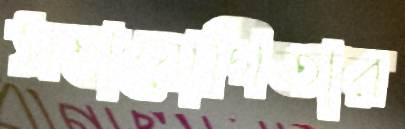
সহাযোগিতার